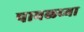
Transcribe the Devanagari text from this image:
पाबळच्या